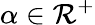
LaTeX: \alpha\in\mathcal{R}^{+}